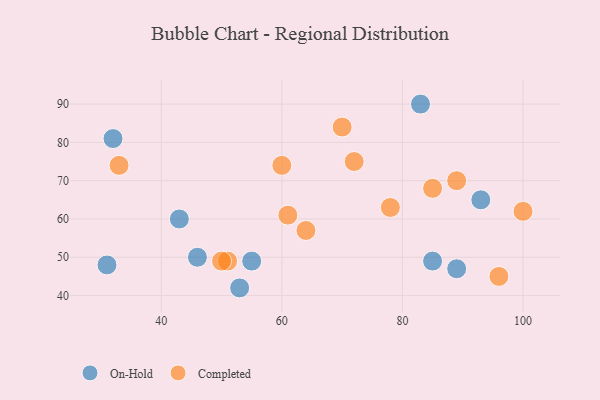
{"axis": {"x": "GDP", "y": "Life Expectancy"}, "legend": ["Completed", "On-Hold"], "data": [{"x": "55", "y": 49, "type": "On-Hold"}, {"x": "89", "y": 47, "type": "On-Hold"}, {"x": "83", "y": 90, "type": "On-Hold"}, {"x": "31", "y": 48, "type": "On-Hold"}, {"x": "32", "y": 81, "type": "On-Hold"}, {"x": "46", "y": 50, "type": "On-Hold"}, {"x": "53", "y": 42, "type": "On-Hold"}, {"x": "43", "y": 60, "type": "On-Hold"}, {"x": "93", "y": 65, "type": "On-Hold"}, {"x": "85", "y": 49, "type": "On-Hold"}, {"x": "85", "y": 68, "type": "Completed"}, {"x": "72", "y": 75, "type": "Completed"}, {"x": "33", "y": 74, "type": "Completed"}, {"x": "78", "y": 63, "type": "Completed"}, {"x": "60", "y": 74, "type": "Completed"}, {"x": "64", "y": 57, "type": "Completed"}, {"x": "51", "y": 49, "type": "Completed"}, {"x": "50", "y": 49, "type": "Completed"}, {"x": "70", "y": 84, "type": "Completed"}, {"x": "61", "y": 61, "type": "Completed"}, {"x": "96", "y": 45, "type": "Completed"}, {"x": "89", "y": 70, "type": "Completed"}, {"x": "100", "y": 62, "type": "Completed"}]}